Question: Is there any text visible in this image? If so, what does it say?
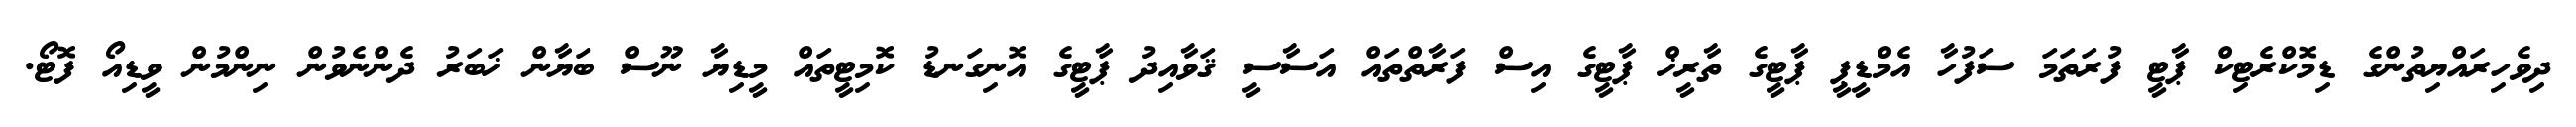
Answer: ދިވެހިރައްޔިތުންގެ ޑިމޮކްރެޓިކް ޕާޓީ ފުރަތަމަ ސަފުހާ އެމްޑީޕީ ޕާޓީގެ ތާރީޚް ޕާޓީގެ އިސް ފަރާތްތައް އަސާސީ ޤަވާއިދު ޕާޓީގެ އޮނިގަނޑު ކޮމިޓީތައް މީޑިޔާ ނޫސް ބަޔާން ޚަބަރު ދެންނެވުން ނިންމުން ވީޑިއޯ ފޮޓޯ.